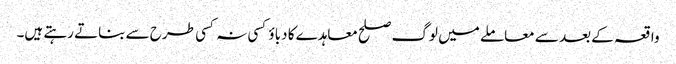
واقعہ کے بعد سے معاملے میں لوگ صلح معاہدے کا دباؤ کسی نہ کسی طرح سے بناتے رہتے ہیں۔